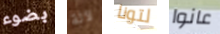
بضوء لآلة لتونا عانوا